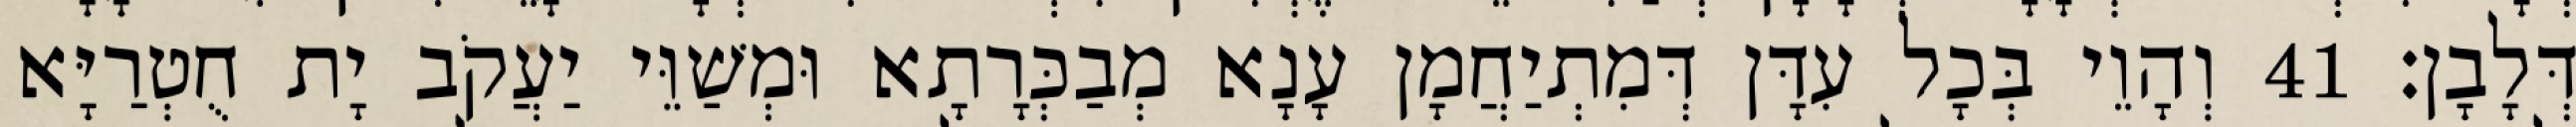
דְּלָבָן׃ 41 וְהָוֵי בְּכָל עִדָּן דְּמִתְיַחֲמָן עָנָא מְבַכְּרָתָא וּמְשַׁוֵּי יַעֲקֹב יָת חֻטְרַיָּא